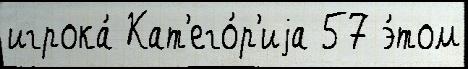
игрока́ Кат'его́р'иjа 57 э́том